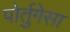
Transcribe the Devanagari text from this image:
पोर्तुगेसा